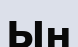
Ын